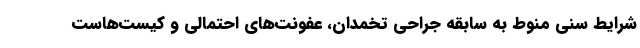
شرایط سنی منوط به سابقه جراحی تخمدان، عفونت‌های احتمالی و کیست‌هاست